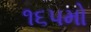
૧૬૫મો